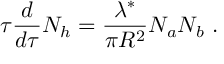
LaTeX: \tau { \frac { d } { d \tau } } N _ { h } = { \frac { \lambda ^ { * } } { \pi R ^ { 2 } } } N _ { a } N _ { b } \ .